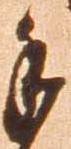
手